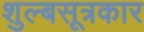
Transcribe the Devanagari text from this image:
शुल्बसूत्रकार